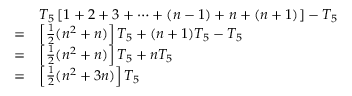
{ \begin{array} { r l } & { T _ { 5 } \left[ 1 + 2 + 3 + \cdots + ( n - 1 ) + n + ( n + 1 ) \right] - T _ { 5 } } \\ { = } & { \left[ { \frac { 1 } { 2 } } ( n ^ { 2 } + n ) \right] T _ { 5 } + ( n + 1 ) T _ { 5 } - T _ { 5 } } \\ { = } & { \left[ { \frac { 1 } { 2 } } ( n ^ { 2 } + n ) \right] T _ { 5 } + n T _ { 5 } } \\ { = } & { \left[ { \frac { 1 } { 2 } } ( n ^ { 2 } + 3 n ) \right] T _ { 5 } } \end{array} }